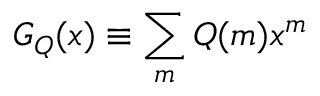
G _ { Q } ( x ) \equiv \sum _ { m } Q ( m ) x ^ { m }